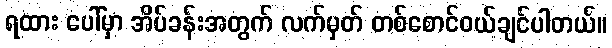
ရထား ပေါ်မှာ အိပ်ခန်းအတွက် လက်မှတ် တစ်စောင်ဝယ်ချင်ပါတယ်။